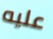
عليه